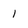
Character: 1